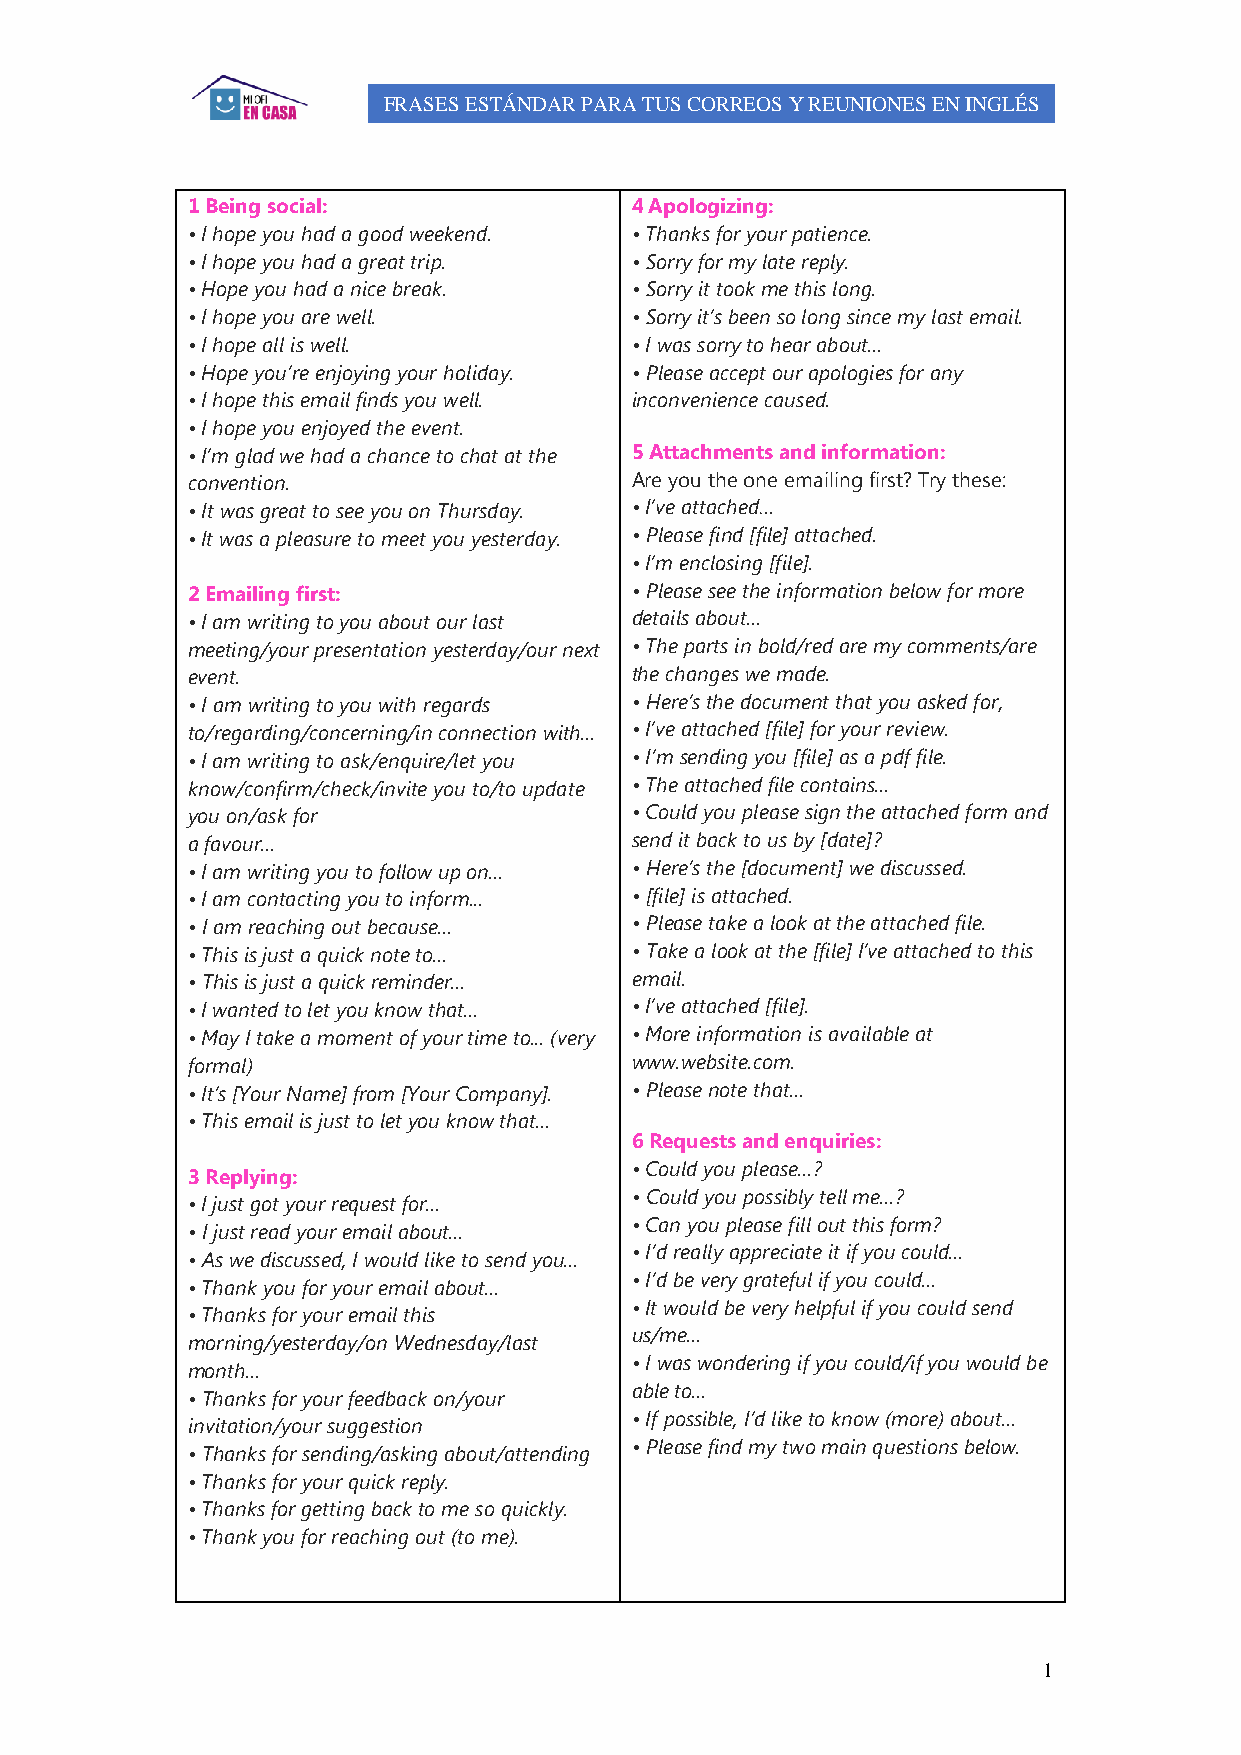
FRASES ESTÁNDAR PARA TUS CORREOS Y REUNIONES EN INGLÉS
 1 Being social:               4 Apologizing:
 • I hope you had a good weekend. • Thanks for your patience.
 • I hope you had a great trip. • Sorry for my late reply.
 • Hope you had a nice break.  • Sorry it took me this long.
 • I hope you are well.        • Sorry it’s been so long since my last email.
 • I hope all is well.         • I was sorry to hear about...
 • Hope you’re enjoying your holiday. • Please accept our apologies for any
 • I hope this email finds you well. inconvenience caused.
 • I hope you enjoyed the event.
 • I’m glad we had a chance to chat at the 5 Attachments and information:
 convention.                   Are you the one emailing first? Try these:
 • It was great to see you on Thursday. • I’ve attached…
 • It was a pleasure to meet you yesterday. • Please find [file] attached.
 • I’m enclosing [file].
 2 Emailing first:             • Please see the information below for more
 • I am writing to you about our last details about...
 meeting/your presentation yesterday/our next • The parts in bold/red are my comments/are
 event.                        the changes we made.
 • I am writing to you with regards • Here’s the document that you asked for,
 to/regarding/concerning/in connection with... • I’ve attached [file] for your review.
 • I am writing to ask/enquire/let you • I’m sending you [file] as a pdf file.
 know/confirm/check/invite you to/to update • The attached file contains...
 you on/ask for                • Could you please sign the attached form and
 a favour...                   send it back to us by [date]?
 • I am writing you to follow up on... • Here’s the [document] we discussed.
 • I am contacting you to inform... • [file] is attached.
 • I am reaching out because... • Please take a look at the attached file.
 • This is just a quick note to... • Take a look at the [file] I’ve attached to this
 • This is just a quick reminder... email.
 • I wanted to let you know that... • I’ve attached [file].
 • May I take a moment of your time to... (very • More information is available at
 formal)                       www.website.com.
 • It’s [Your Name] from [Your Company]. • Please note that...
 • This email is just to let you know that...
 6 Requests and enquiries:
 • Could you please...?
 3 Replying:
 • Could you possibly tell me...?
 • I just got your request for...
 • Can you please fill out this form?
 • I just read your email about...
 • I’d really appreciate it if you could...
 • As we discussed, I would like to send you...
 • I’d be very grateful if you could...
 • Thank you for your email about...
 • It would be very helpful if you could send
 • Thanks for your email this
 us/me...
 morning/yesterday/on Wednesday/last
 • I was wondering if you could/if you would be
 month...
 able to...
 • Thanks for your feedback on/your
 • If possible, I’d like to know (more) about...
 invitation/your suggestion
 • Please find my two main questions below.
 • Thanks for sending/asking about/attending
 • Thanks for your quick reply.
 • Thanks for getting back to me so quickly.
 • Thank you for reaching out (to me).
 1